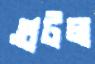
গুটল